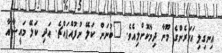
އިނގިލި އަހަރެންގެ މޫނާ ދިމާކޮށްލިއެވެ. "ބުނަން ކަލޭ ނުފުއްޕައްޗެ. އަދި ކަލޭ މައީޝާއާ